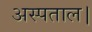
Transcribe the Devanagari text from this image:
अस्पताल।